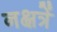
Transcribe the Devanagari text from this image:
नक्षत्रें